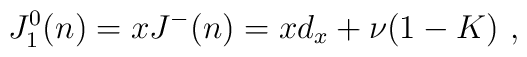
J_{1}^0(n) = x J^-(n) = x d_x + \nu (1-K)\ ,